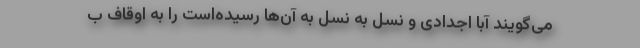
می‌گویند آبا اجدادی و نسل به نسل به آن‌ها رسیده‌است را به اوقاف ب